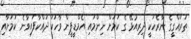
ތަރައްގީގެ ނާރެހަކީ ދިރިއުޅޭ ގެ ކަމަށް ނިންމައި އެމްޑީޕީން ވާހަކަ ދައްކާފައިވާނެ ކަމަށާއި